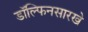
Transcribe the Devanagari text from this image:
डॉल्फिनसारखे